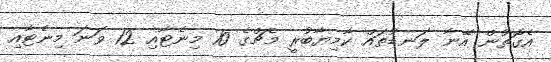
އެގޮތުން އޭނާ ލަނޑުތައް ކާމިޔާބުރީ މެޗްގެ 10 މިނެޓާއި 12 ވަނަ މިނެޓާއި